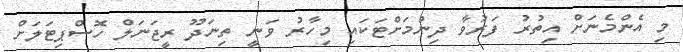
މި އެންމެނަށް އިތުރު ފަރުވާ ދިނުމަށްޓަކައި މިހާރު ވަނީ ތިނަދޫ ރީޖަނަލް ހޮސްޕިޓަލަށް